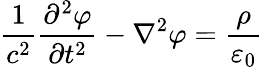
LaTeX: {\frac{1}{c^{2}}}{\frac{\partial^{2}\varphi}{\partial t^{2}}}-\nabla^{2}{\varphi}={\frac{\rho}{\varepsilon_{0}}}